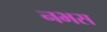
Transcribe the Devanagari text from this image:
नभस